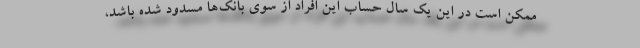
ممکن است در این یک سال حساب این افراد از سوی بانک‌ها مسدود شده باشد،